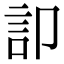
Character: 𮗷